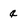
Character: q